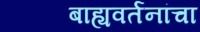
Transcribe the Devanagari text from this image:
बाह्यवर्तनांचा